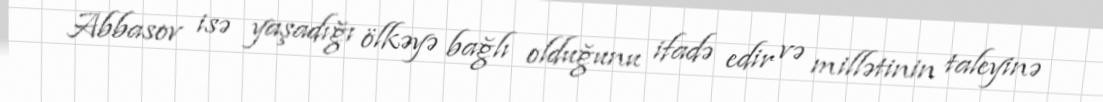
Abbasov isə yaşadığı ölkəyə bağlı olduğunu ifadə edir və millətinin taleyinə